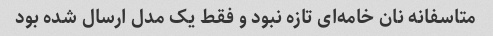
متاسفانه نان خامه‌ای تازه نبود و فقط یک مدل ارسال شده بود